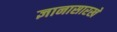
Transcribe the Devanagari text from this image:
ज्ञानासारखे